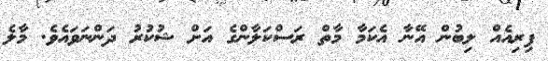
ފިރިއެއް ލިބުން އޭނާ އެކަމާ މާތް ރަސްކަލާންގެ އަށް ޝުކުރު ދަންނަވައެވެ. މާލެ